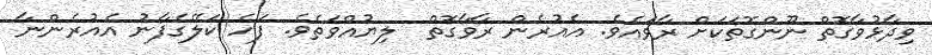
ވިދާޅުވާގޮތް ނޫންގޮތަކަށް ރާވައެވެ. އެއުރެން ރާވާގޮތް  ލިޔުއްވަތެވެ. ފަހެ ކަލޭގެފާނު އެއުރެންނާ